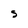
Character: S